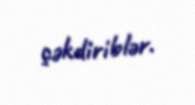
çəkdiriblər.